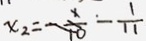
x _ { 2 } = \frac { 1 } { 1 0 } - \frac { 1 } { 1 1 }